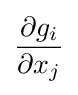
{\frac {\partial g_{i}}{\partial x_{j}}}